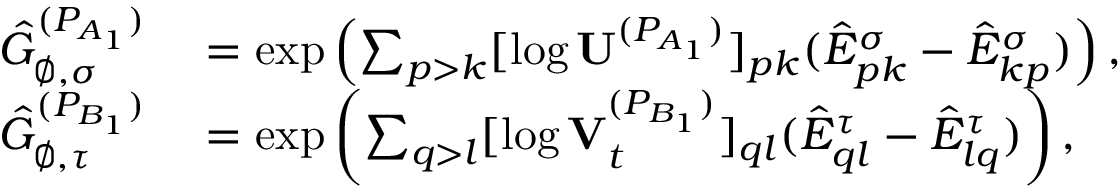
\begin{array} { r l } { \hat { G } _ { \varnothing , \sigma } ^ { ( P _ { A _ { 1 } } ) } } & { { } = \exp \left( \sum _ { p > k } [ \log \mathbf { U } ^ { ( P _ { A _ { 1 } } ) } ] _ { p k } ( \hat { E } _ { p k } ^ { \sigma } - \hat { E } _ { k p } ^ { \sigma } ) \right) , } \\ { \hat { G } _ { \varnothing , \tau } ^ { ( P _ { B _ { 1 } } ) } } & { { } = \exp \left( \sum _ { q > l } [ \log \mathbf { V } _ { t } ^ { ( P _ { B _ { 1 } } ) } ] _ { q l } ( \hat { E } _ { q l } ^ { \tau } - \hat { E } _ { l q } ^ { \tau } ) \right) , } \end{array}